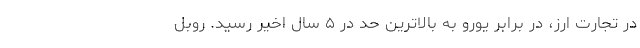
در تجارت ارز، در برابر یورو به بالاترین حد در ۵ سال اخیر رسید. روبل